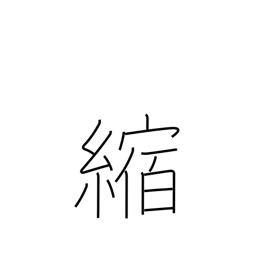
Meaning: shrink